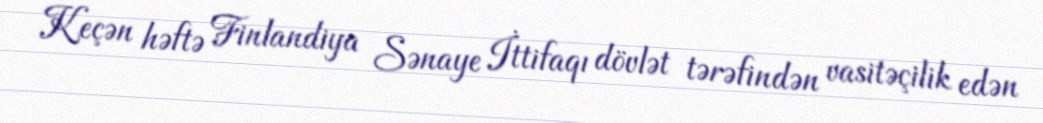
Keçən həftə Finlandiya Sənaye İttifaqı dövlət tərəfindən vasitəçilik edən